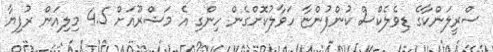
ސްރީލަންކާގެ ޑިވެލެކްސް ކުންފުންޏާ ހަވާލުކޮށްގެން ހިންގި އެ މަޝްރޫއަށް 4.5 މިލިއަން ރުފިޔާ